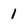
Character: 1